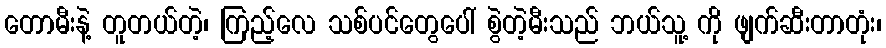
တောမီးနဲ့ တူတယ်တဲ့၊ ကြည့်လေ သစ်ပင်တွေပေါ် စွဲတဲ့မီးသည် ဘယ်သူ့ ကို ဖျက်ဆီးတာတုံး၊